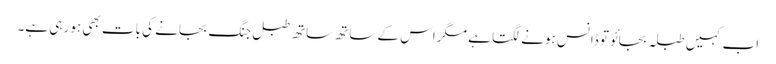
اب کہیں طبلہ بجائو تو ڈانس ہونے لگتا ہے مگر اس کے ساتھ ساتھ طبل جنگ بجانے کی بات بھی ہو رہی ہے۔